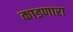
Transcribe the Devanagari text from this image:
काडणारा